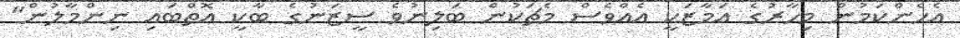
އެހެންކަމުން މިހާރުގެ އަމާޒަކީ އެއްވެސް މެޗަކުން ބަލިނުވެ ސީޒަނުގެ ބާކީ އޮތްބައި ނިންމާލުން"